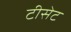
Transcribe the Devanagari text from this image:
टीसेट